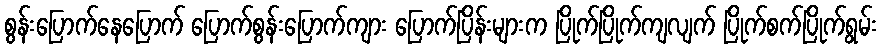
စွန်းပြောက်နေပြောက် ပြောက်စွန်းပြောက်ကျား ပြောက်ပြိန်းများက ပြိုက်ပြိုက်ကျလျက် ပြိုက်စက်ပြိုက်ရွမ်း